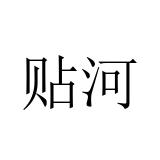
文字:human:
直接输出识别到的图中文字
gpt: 贴河